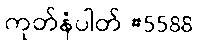
ကုတ်နံပါတ် #5588